system: You are a helpful assistant.
user:
Analyze the provided spectrum to determine if it is a **M-type Giant (gM)**.

A M-type Giant spectrum is defined by its **strong molecular absorption** features, particularly from **Titanium Oxide (TiO)**. You must check for one of the following mutually exclusive signatures:

- **Key Visual Indicators (Absorption-Dominated Spectrum):**

    - **(Primary):** The spectrum is dominated by strong molecular absorption from **Titanium Oxide (TiO)**. This is the **defining feature** of its M-type temperature class.
        - **(Key Bandheads):** Look for sharp, "saw-tooth" absorption valleys. The strongest are located near **~7050 Å**, **~6160 Å**, and **~5170 Å**.
        - **(Line Profile):** The "saw-tooth" morphology is critical: a **sharp, steep drop on the BLUE (short-wavelength) side** of the bandhead, followed by a gradual recovery (rising flux) towards the RED (long-wavelength) side.

    - **(Key Confirmation - Giant vs. Dwarf):** **ABSENCE** of strong **Calcium Hydride (CaH)** molecular bands. This is the primary diagnostic for *excluding* M-dwarfs.
        - **(Key Region):** The spectrum should lack the strong, broad absorption band seen in dwarfs between **~6800 Å and ~7000 Å**.

    - **(Secondary Confirmation - Giant):** A very strong and broad **Neutral Calcium (Ca I)** atomic absorption line.
        - **(Key Line):** Located at **~4226 Å**. In a giant (gM), this line is significantly deeper and broader than the same line in an M-dwarf (dM) due to low surface gravity.

    - **(Overall Spectrum):**
        - The continuum is **extremely red-sloping** (i.e., flux is very low in the blue and rises dramatically towards the red).
        - The entire spectrum appears "chopped up" by the deep TiO bands.

Think first, call **spectral_visualization_tool** if needed to examine features in detail, then provide your final answer. Your response must adhere to the following strict rules:
1.  **Overall Structure:** Your response must follow the format `<think>...</think> <tool_call>...</tool_call> (if a tool is used) <answer>...</answer>`.
2.  **Tool Usage Constraint:** You may only make **one** tool call per turn.
3.  **Final Answer Format:** In the `<answer>` tag, your conclusion must be inside a `\boxed{}` command (e.g., `\boxed{YES}` or `\boxed{NO}`), followed by your justification.

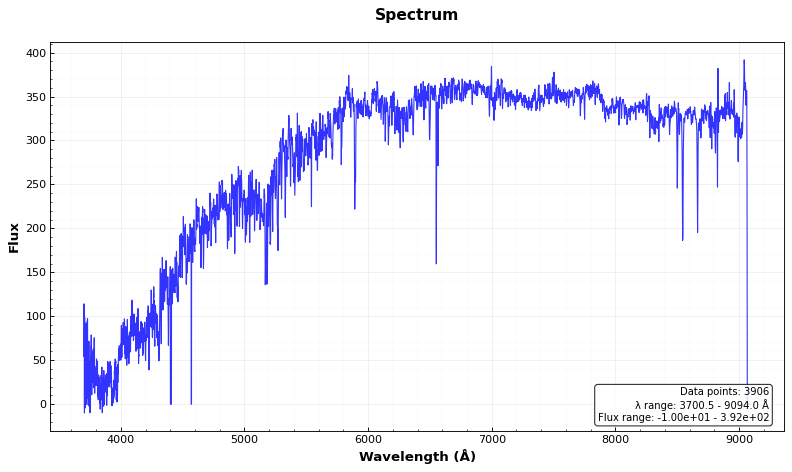
Answer: NO